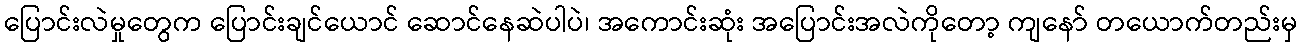
ပြောင်းလဲမှုတွေက ပြောင်းချင်ယောင် ဆောင်နေဆဲပါပဲ၊ အကောင်းဆုံး အပြောင်းအလဲကိုတော့ ကျနော် တယောက်တည်းမှ